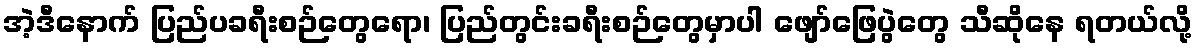
အဲ့ဒီနောက် ပြည်ပခရီးစဉ်တွေရော၊ ပြည်တွင်းခရီးစဉ်တွေမှာပါ ဖျော်ဖြေပွဲတွေ သီဆိုနေ ရတယ်လို့